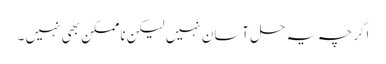
اگرچہ یہ حل آسان نہیں لیکن ناممکن بھی نہیں ۔